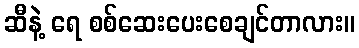
ဆီနဲ့ ရေ စစ်ဆေးပေးစေချင်တာလား။